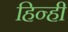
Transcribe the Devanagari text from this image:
हिन्ही